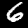
Digit: 6